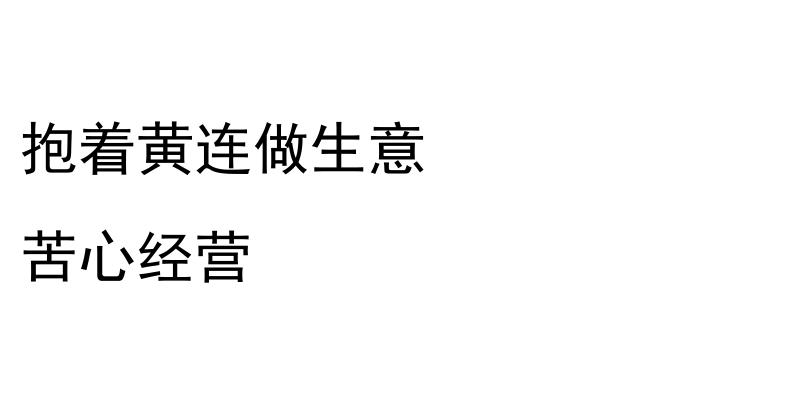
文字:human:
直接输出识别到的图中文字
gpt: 抱着黄连做生意 苦心经营